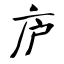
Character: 庐